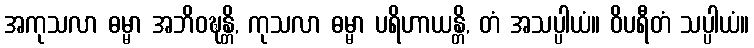
အကုသလာ ဓမ္မာ အဘိဝဍ္ဎန္တိ, ကုသလာ ဓမ္မာ ပရိဟာယန္တိ, တံ အသပ္ပါယံ။ ဝိပရီတံ သပ္ပါယံ။